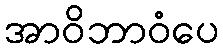
အာဝိဘာဝံပေ